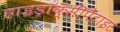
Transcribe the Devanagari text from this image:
हाइड्रॉक्सीपैटाइट